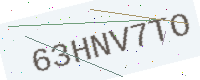
Text: 63HNV7TO